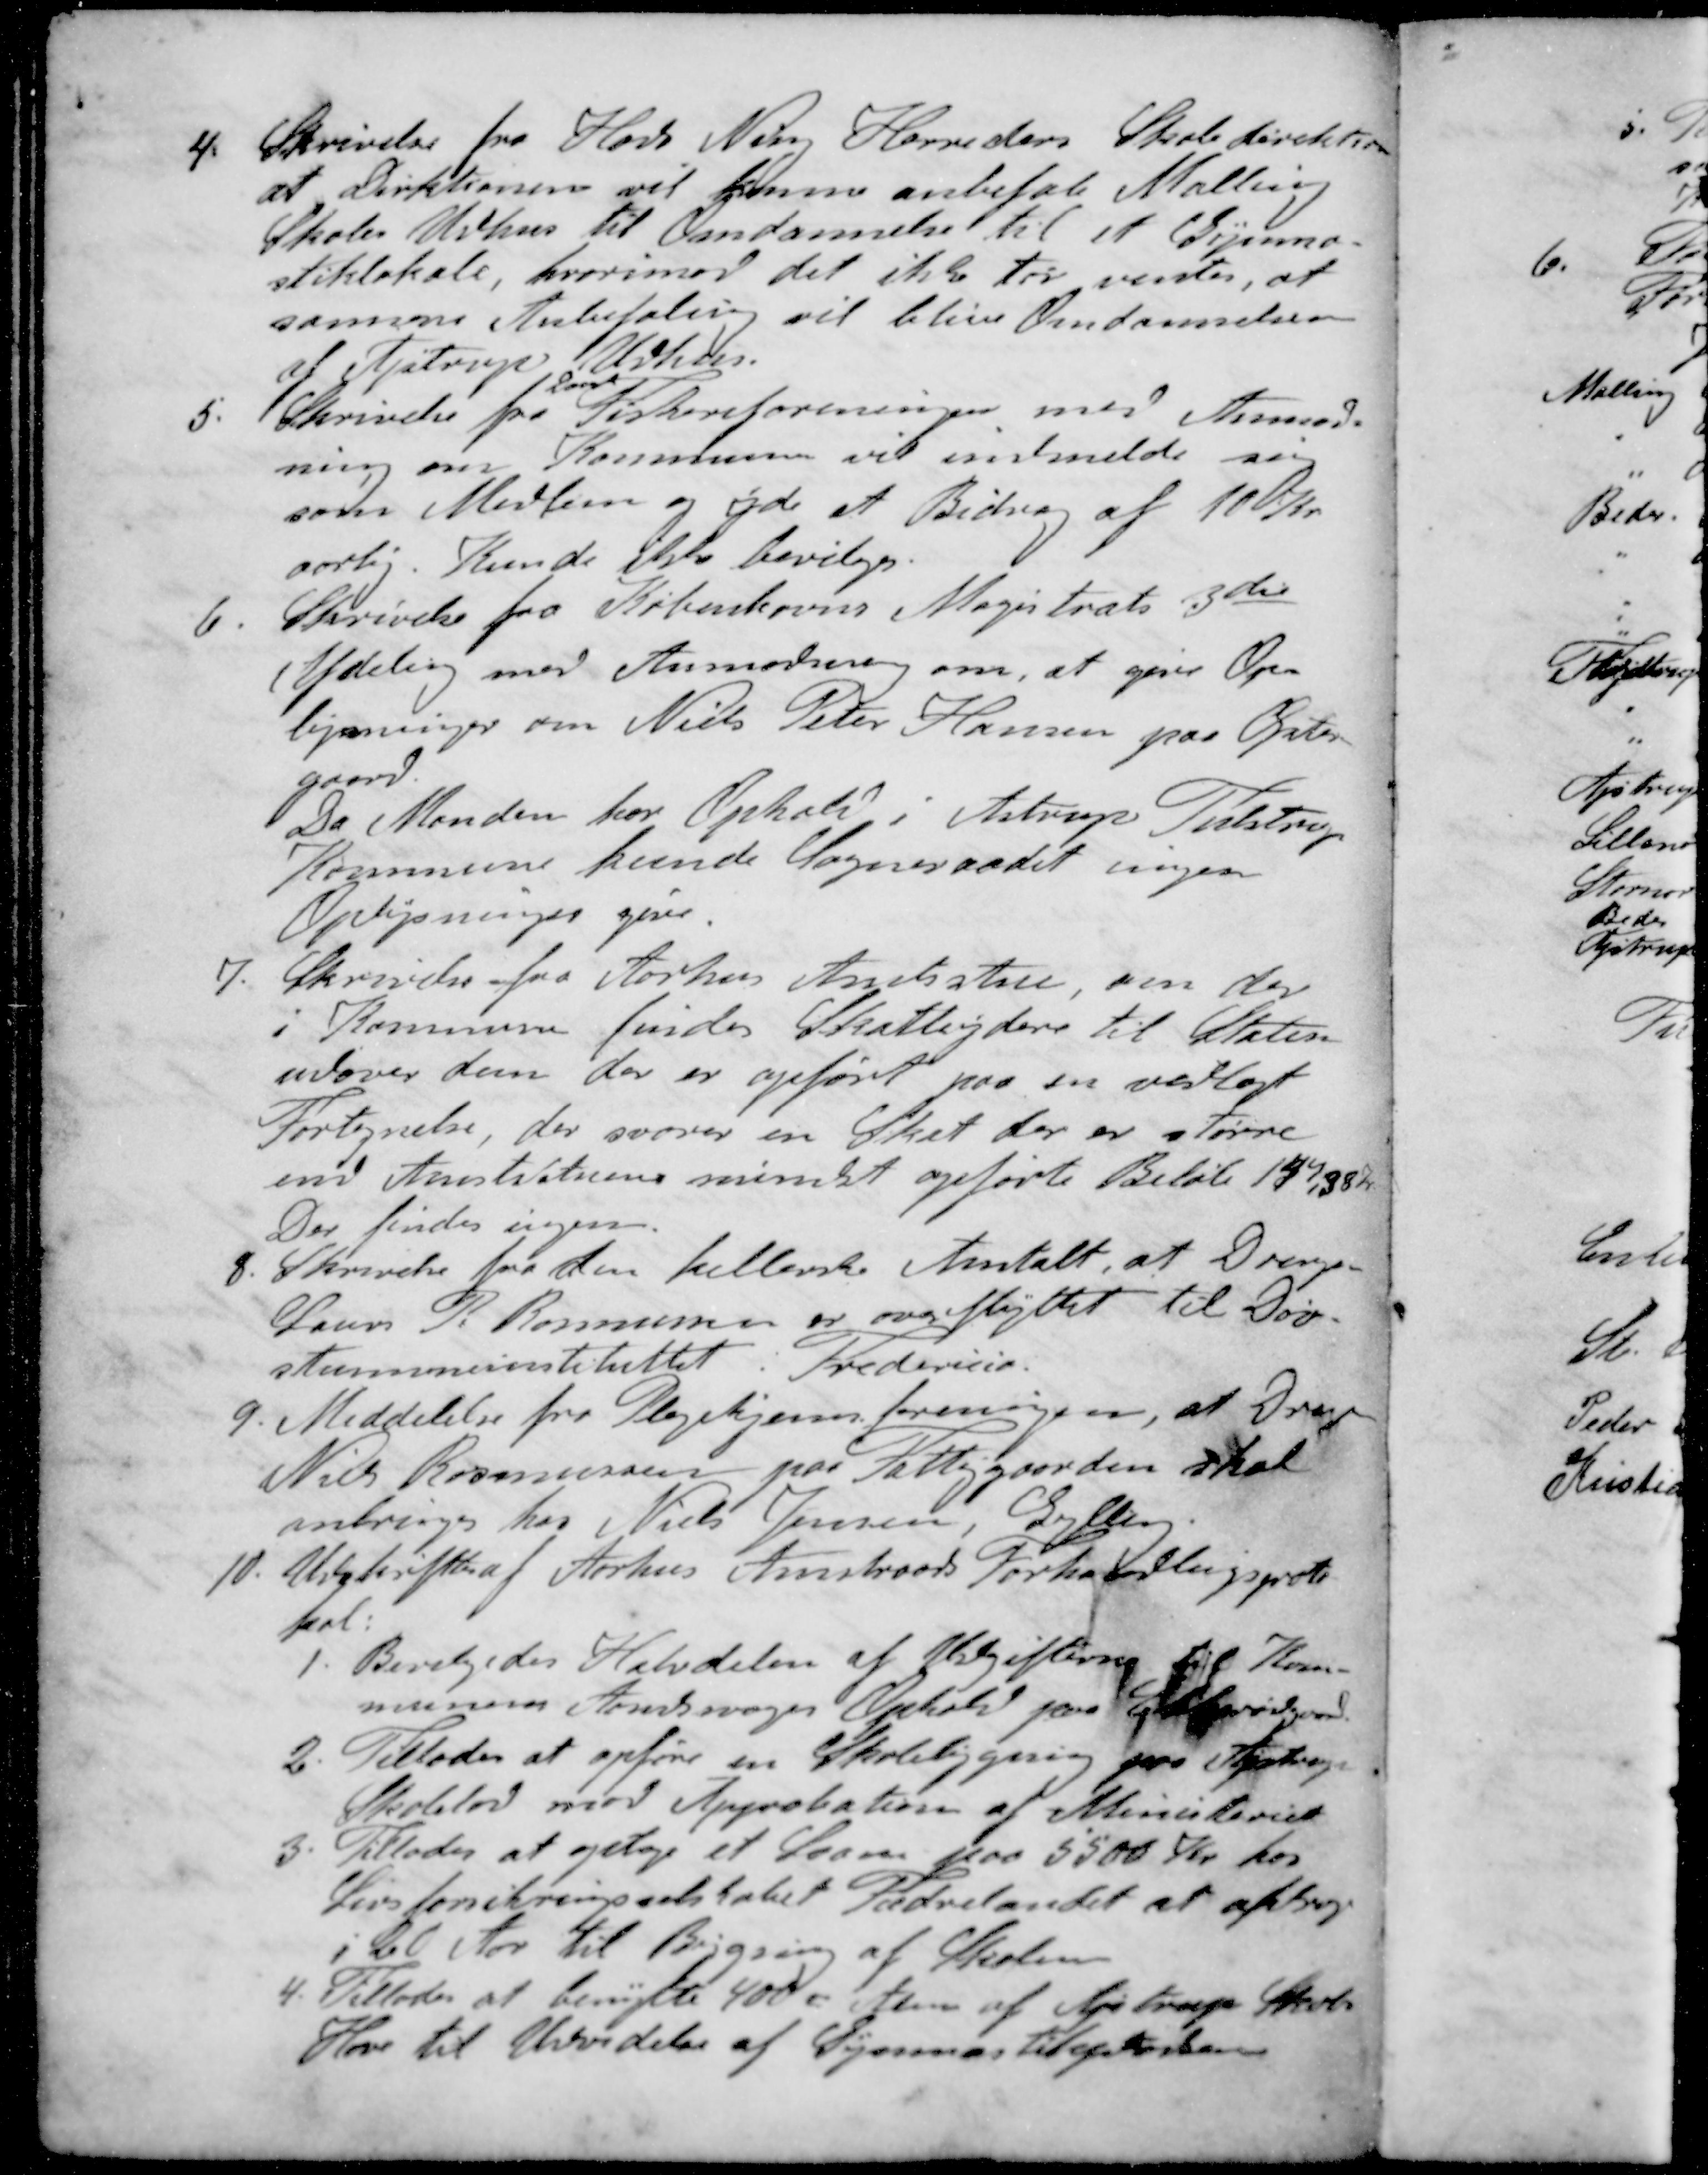
Transskription:
4. Skrivelse fra Hads Ning Herreders Skoledirektion
at Direktionen vil kunne anbefale Malling
Skoles Udhus til Omdannelse til et Gymna-
stiklokale, hvorimod det ikke tør ventes, at
samme Anbefaling vil blive Omdannelsen
af Ajstrups Udhus
Dansk
5 Skrivelse fra Fiskeriforeningen med Anmod-
ning om Kommunen vil indmelde sig
som Medlem og yde et Bidrag af 10 Kr.
aarlig. Kunde ikke bevilges.
6. Skrivelse fra Københavns Magistrats 3de
Afdeling med Anmodning om, at give Op-
lysninger om Niels Peter Hansen paa Øster-
gaard
Da Monden for Ophold i Astrup Tulstrup
Kommune kunde Sogneraadet ingen
Oplysninger give
7. Skrivelse fra Aarhus Amtsstue, om der
i Kommunen findes Skatteydere til Staten
udover dem der er opført paa en vedlagt
Fortegnelse, der svarer en Sket der er større
end Amtsstuens mindst opførte Beløb 149,38 kr
Der findes ingen.
8. Skrivelse fra den kellerske Antalt, at Drengen
Laurs P. Rasmussen og overflyttet til Døv-
stummeinstituttet i Fredericia.
9. Meddelelse fra Plejehjemsforeningen, at Drengen
Niels Rasmussen paa Fattiggaarden skal
anbringer hos Niels Jensen, Gyllen
10. Udskrift af Aarhus Amtraads Forhandlingsprote-
kol.
1. Bevilgedes Halvdelen af Udgifterne til Kom-
munens Aandsvages Ophold paa Ebberødgaard
2. Tillades at opføre en Skolebygning paa Astrup
Skolelod mod Approbation af Ministeriet
3. Tillades at optage et Laan paa 5500 Kr. hos
Livsforsikringsselskabet Fædrelandet at afdrag
i 20 Aar til Bygning af Skolen
4 Tillades at benytte 40 ΋ Alen af Lystrup Skole
Have til Udvidelse af Gymnastikpladsen